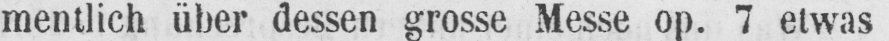
mentlich über dessen grosse Messe op. 7 etwas